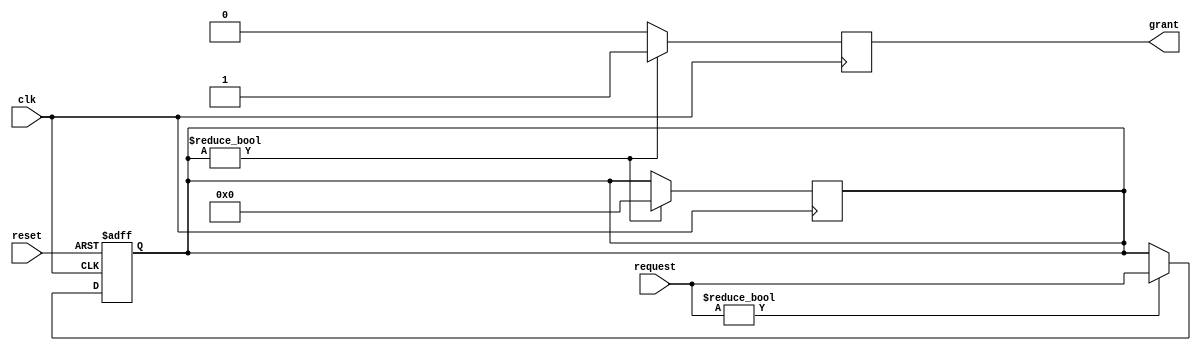
module serial_arbiter (
    input [7:0] request,
    input clk,
    input reset,
    output reg grant
);

reg [7:0] priority;
reg [7:0] buffer;

always @(posedge clk or posedge reset) begin
    if (reset) begin
        priority <= 8'b00000000;
        buffer <= 8'b00000000;
    end else begin
        if (request != 8'b00000000) begin
            priority <= request;
            buffer <= request;
        end
    end
end

always @(posedge clk) begin
    if (buffer != 8'b00000000) begin
        grant <= 1;
        buffer <= 8'b00000000;
    end else begin
        grant <= 0;
    end
end

endmodule